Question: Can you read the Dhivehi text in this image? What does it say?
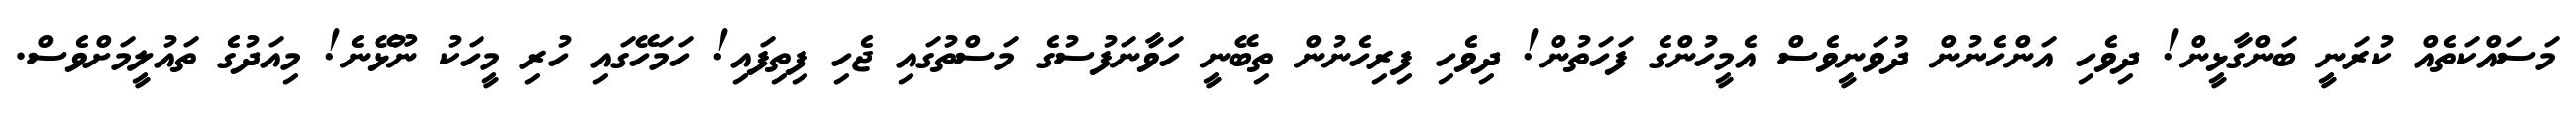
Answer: މަސައްކަތެއް ކުރަނީ ބަންގާޅީން! ދިވެހި އަންހެނުން ދުވަނީވެސް އެމީހުންގެ ފަހަތުން! ދިވެހި ފިރިހެނުން ތިބޭނީ ހަވާނަފުސުގެ މަސްތުގައި ޖެހި ފިތިފައި! ހަމަހޭގައި ހުރި މީހަކު ނޫޅޭނެ! މިއަދުގެ ތައުލީމަށްވެސް.